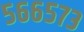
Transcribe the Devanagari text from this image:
५६६५७३